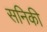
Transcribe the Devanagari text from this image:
सनिकी